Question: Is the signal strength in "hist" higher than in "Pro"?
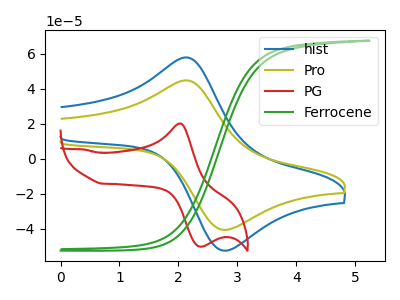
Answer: <think>The blue curve "hist" has an anodic peak at (2.15V, 57.90uA) and a cathodic peak at (2.75V, -52.20uA). The olive curve "Pro" has an anodic peak at (2.15V, 44.80uA) and a cathodic peak at (2.75V, -40.40uA). The red curve "PG" has an anodic peak at (2.00V, 20.20uA) and a cathodic peak at (2.35V, -50.15uA). The green curve "Ferrocene" has no peaks.
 All the peaks in "hist" have a peak in "Pro" at the same potential. Every peak in "hist" is higher than every peak in "Pro".</think>
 <answer>"hist" has more signal than "Pro".</answer>
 <eval>more_signal</eval>